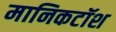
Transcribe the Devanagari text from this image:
मानिकटॉश